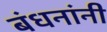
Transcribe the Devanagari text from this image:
बंधनांनी